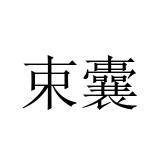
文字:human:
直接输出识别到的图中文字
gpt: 束囊